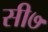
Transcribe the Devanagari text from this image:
सी७